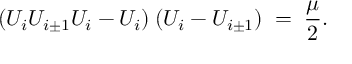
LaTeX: ( U _ { i } U _ { i \pm 1 } U _ { i } - U _ { i } ) \: ( U _ { i } - U _ { i \pm 1 } ) \; = \; \frac { \mu } { 2 } .